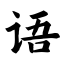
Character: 语